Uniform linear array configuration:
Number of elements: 64
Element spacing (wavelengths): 0.25
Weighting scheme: exponential
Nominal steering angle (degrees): -45
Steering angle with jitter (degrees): -43.706
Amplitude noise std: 0.05
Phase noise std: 0.05

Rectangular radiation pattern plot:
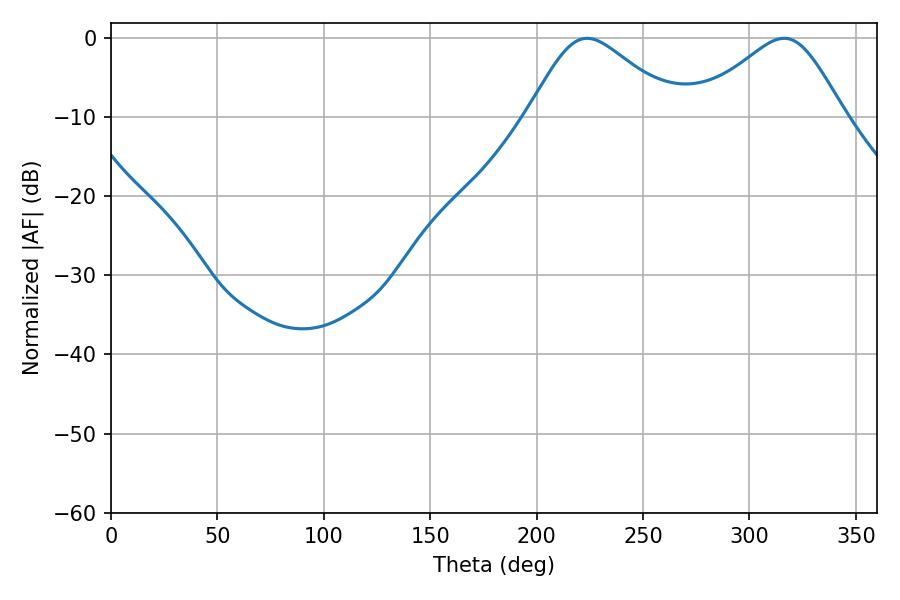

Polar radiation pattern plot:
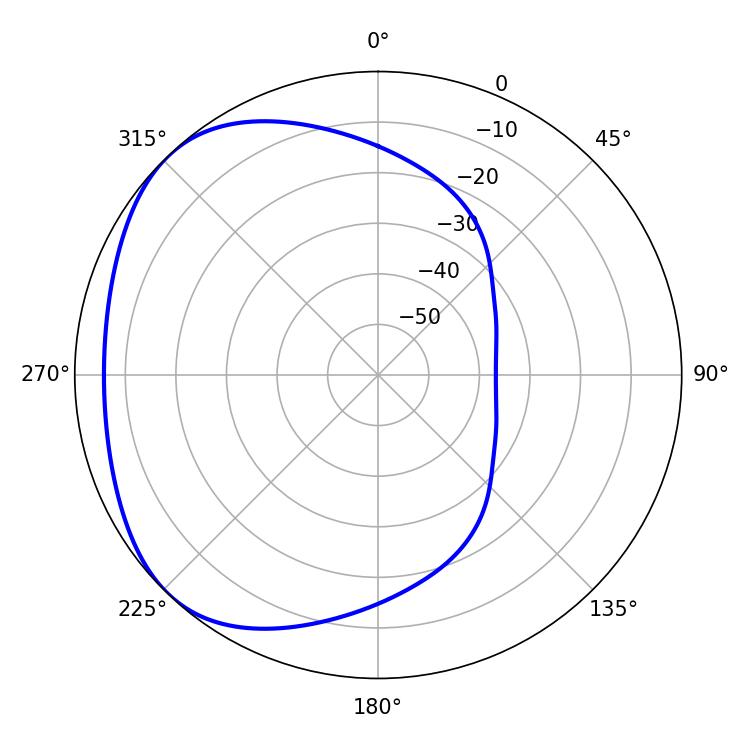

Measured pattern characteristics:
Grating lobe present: FALSE
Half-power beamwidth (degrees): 34.38
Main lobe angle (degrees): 223.74